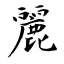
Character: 麗